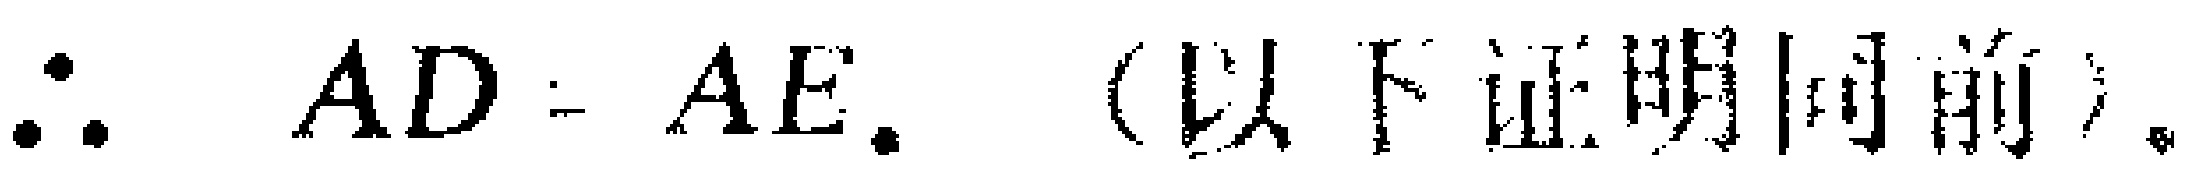
$\therefore AD = AE.$（以下证明同前）。